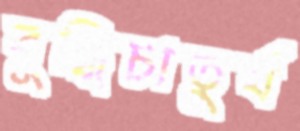
বুদ্ধিচাতুর্য